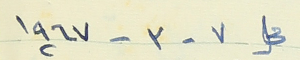
في ٧ - ٣ - ١٩٦٧